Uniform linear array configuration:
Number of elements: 12
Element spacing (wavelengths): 0.75
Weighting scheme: hamming
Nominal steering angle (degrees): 15
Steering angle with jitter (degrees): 15.152
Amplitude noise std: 0.05
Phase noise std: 0.05

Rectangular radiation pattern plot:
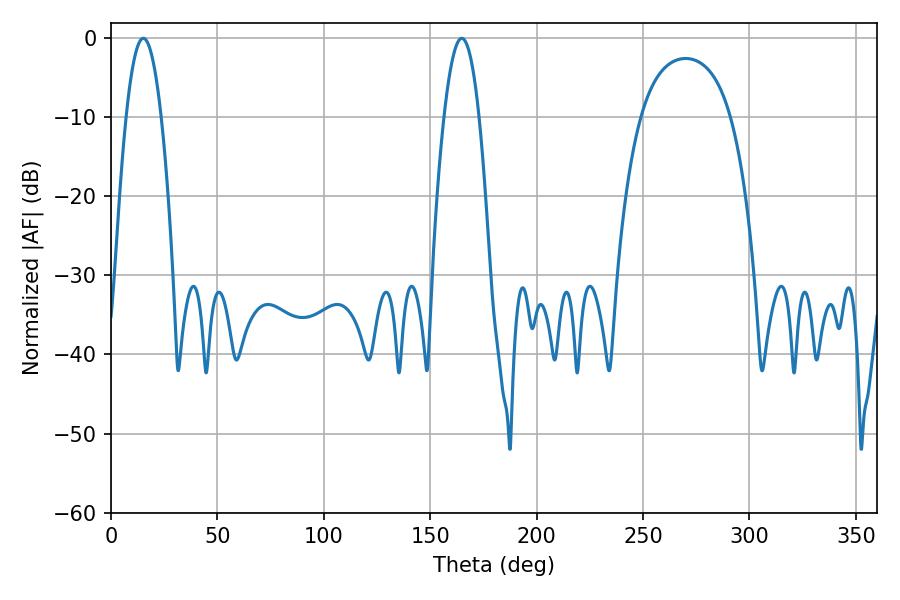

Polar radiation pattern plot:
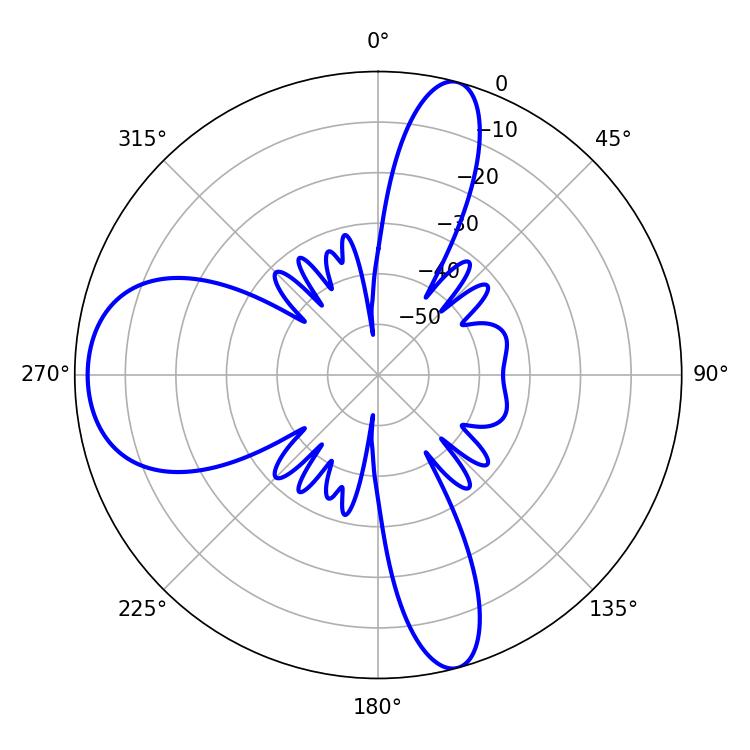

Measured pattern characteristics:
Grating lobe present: TRUE
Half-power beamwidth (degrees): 9.18
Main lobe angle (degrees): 15.12